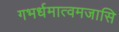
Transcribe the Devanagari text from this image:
गभर्धमात्वमजासि